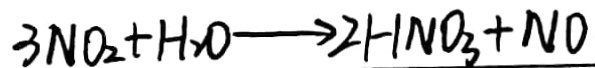
3 N O _ { 2 } + H _ { 2 } O \rightarrow 2 H N O _ { 3 } + N O